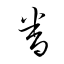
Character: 眷